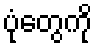
ပုံတွေကို